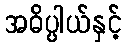
အဓိပ္ပါယ်နှင့်